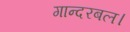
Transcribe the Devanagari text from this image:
गान्दरबल।